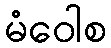
မံဝေါစ